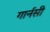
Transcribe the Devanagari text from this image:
गार्नसी